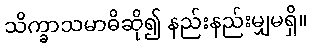
သိက္ခာသမာဓိဆို၍ နည်းနည်းမျှမရှိ။